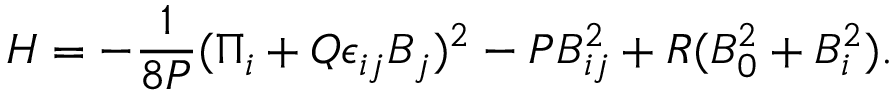
{ \cal H } = - { \frac { 1 } { 8 P } } ( \Pi _ { i } + Q \epsilon _ { i j } B _ { j } ) ^ { 2 } - P B _ { i j } ^ { 2 } + R ( B _ { 0 } ^ { 2 } + B _ { i } ^ { 2 } ) .